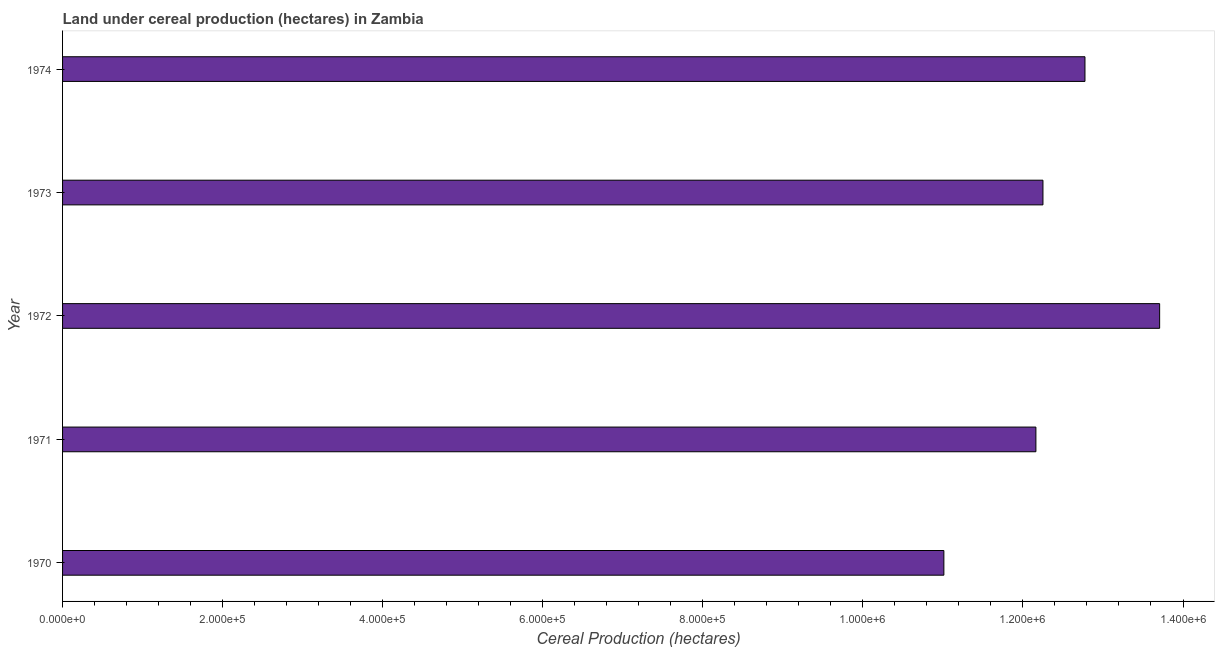
| Year | Land under cereal production (hectares) |
 | --- | --- |
 | 1970 | 1.1e+06 |
 | 1971 | 1.22e+06 |
 | 1972 | 1.37e+06 |
 | 1973 | 1.22e+06 |
 | 1974 | 1.28e+06 |